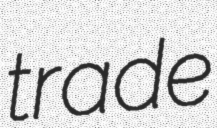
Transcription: trade